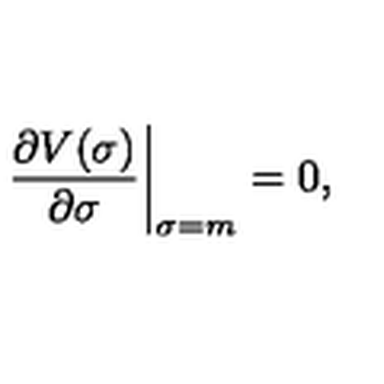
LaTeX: \left. \frac { \partial V ( \sigma ) } { \partial \sigma } \right| _ { \sigma = m } = 0 ,